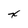
Character: x